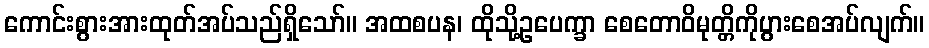
ကောင်းစွားအားထုတ်အပ်သည်ရှိသော်။ အထစပန၊ ထိုသို့ဥပေက္ခာ စေတောဝိမုတ္တိကိုပွားစေအပ်လျက်။